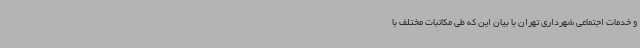
و خدمات اجتماعی شهرداری تهران با بیان این که طی مکاتبات مختلف با